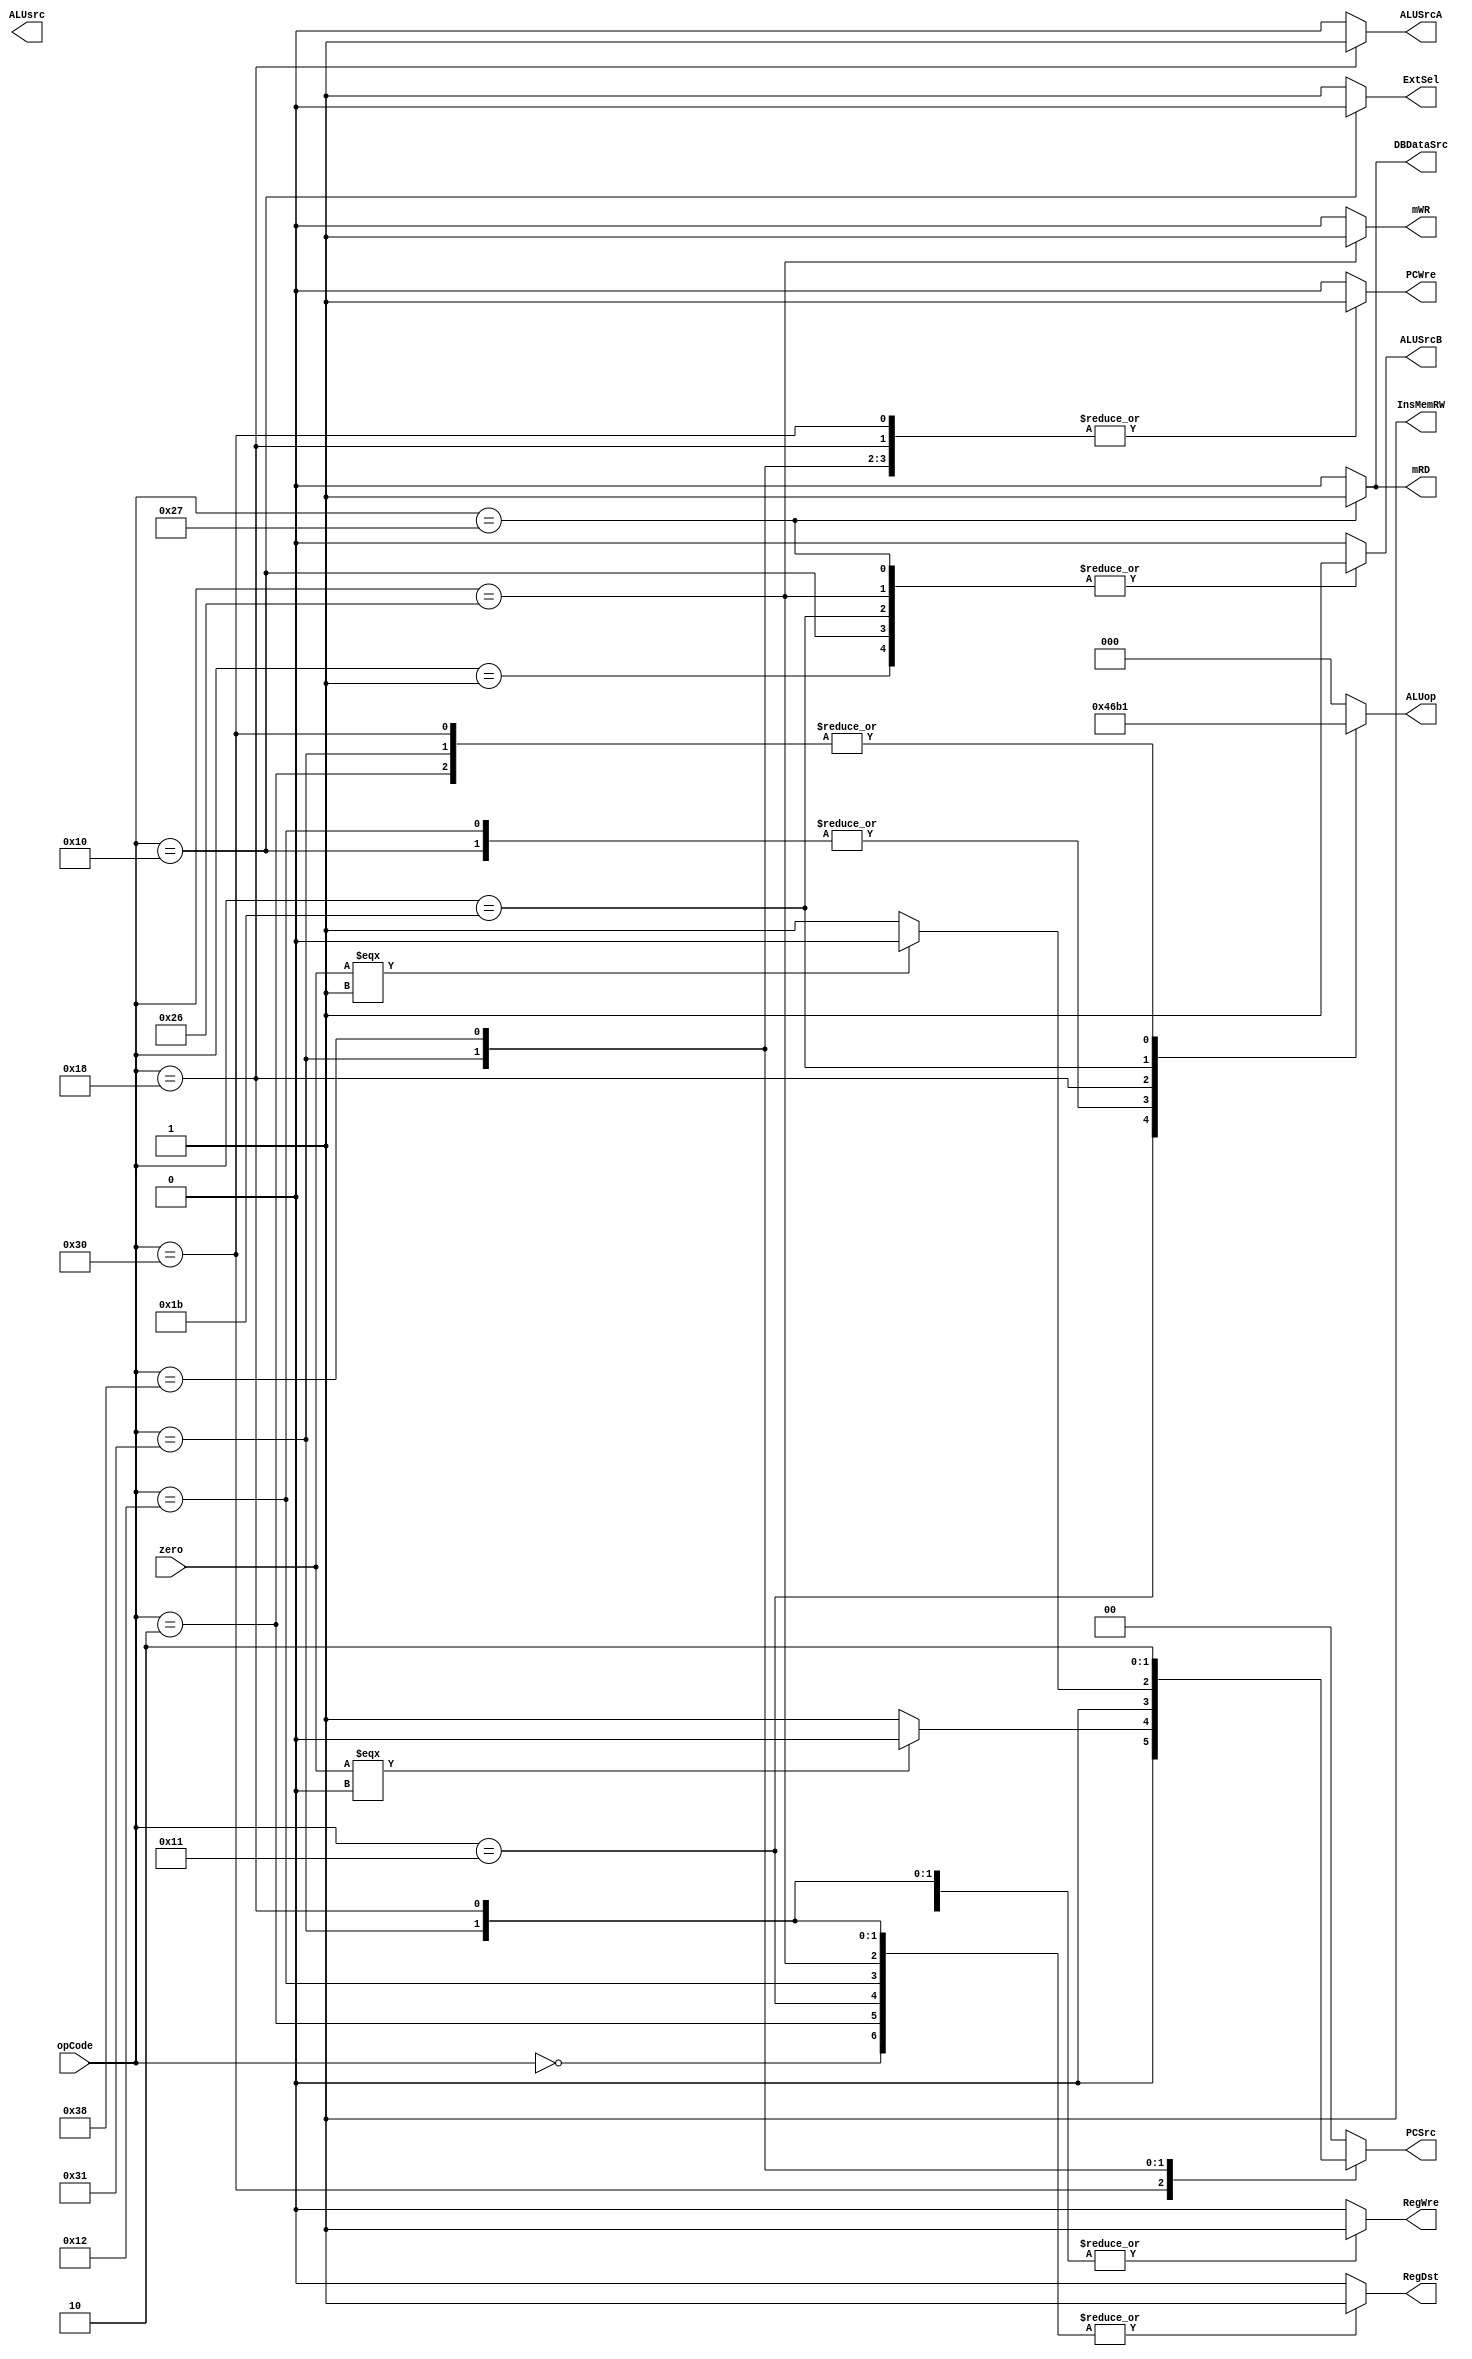
`timescale 1ns / 1ps
//////////////////////////////////////////////////////////////////////////////////
// Company: 
// Engineer: 
// 
// Design Name: 
// Module Name: ControlUnit
// Project Name: 
// Target Devices: 
// Tool Versions: 
// Description: 
// 
// Dependencies: 
// 
// Revision:
// Revision 0.01 - File Created
// Additional Comments:
// 
//////////////////////////////////////////////////////////////////////////////////


module ControlUnit(
    input [5:0] opCode,
    input zero,
    output reg RegDst,
    output reg RegWre,
    output reg ALUsrc,
    output reg [2:0] ALUop,
    output reg [1:0] PCSrc,
    output reg ALUSrcA,
    output reg ALUSrcB,
    output reg mRD,
    output reg mWR,
    output reg DBDataSrc,
    output reg InsMemRW,
    output reg PCWre,
    output reg ExtSel
    );
        
    always@(opCode or zero) begin
        case (opCode)
            // add
            6'b000000:  begin
                            PCWre = 1;
                            ALUSrcA = 0;
                            ALUSrcB = 0;
                            DBDataSrc = 0;
                            RegWre = 1;
                            InsMemRW = 1;
                            mRD = 0;
                            mWR = 0;
                            RegDst = 1;
                            ExtSel = 1;
                            PCSrc = 2'b00;
                            ALUop = 3'b000;
                        end
            // addi
            6'b000001:  begin
                            PCWre = 1;
                            ALUSrcA = 0;
                            ALUSrcB = 1;
                            DBDataSrc = 0;
                            RegWre = 1;
                            InsMemRW = 1;
                            mRD = 0;
                            mWR = 0;
                            RegDst = 0;
                            ExtSel = 1;
                            PCSrc = 2'b00;
                            ALUop = 3'b000;
                        end
            // sub
            6'b000010:  begin
                            PCWre = 1;
                            ALUSrcA = 0;
                            ALUSrcB = 0;
                            DBDataSrc = 0;
                            RegWre = 1;
                            InsMemRW = 1;
                            mRD = 0;
                            mWR = 0;
                            RegDst = 1;
                            ExtSel = 1;
                            PCSrc = 2'b00;
                            ALUop = 3'b001;
                        end
            // ori
            6'b010000:  begin
                            PCWre = 1;
                            ALUSrcA = 0;
                            ALUSrcB = 1;
                            DBDataSrc = 0;
                            RegWre = 1;
                            InsMemRW = 1;
                            mRD = 0;
                            mWR = 0;
                            RegDst = 0;
                            ExtSel = 0;
                            PCSrc = 2'b00;
                            ALUop = 3'b011;
                        end
            // and
            6'b010001:  begin
                            PCWre = 1;
                            ALUSrcA = 0;
                            ALUSrcB = 0;
                            DBDataSrc = 0;
                            RegWre = 1;
                            InsMemRW = 1;
                            mRD = 0;
                            mWR = 0;
                            RegDst = 1;
                            ExtSel = 1;
                            PCSrc = 2'b00;
                            ALUop = 3'b100;
                        end
            // or
            6'b010010:  begin
                            PCWre = 1;
                            ALUSrcA = 0;
                            ALUSrcB = 0;
                            DBDataSrc = 0;
                            RegWre = 1;
                            InsMemRW = 1;
                            mRD = 0;
                            mWR = 0;
                            RegDst = 1;
                            ExtSel = 1;
                            PCSrc = 2'b00;
                            ALUop = 3'b011;
                        end
            // sll
            6'b011000:  begin
                            PCWre = 1;
                            ALUSrcA = 1;
                            ALUSrcB = 0;
                            DBDataSrc = 0;
                            RegWre = 1;
                            InsMemRW = 1;
                            mRD = 0;
                            mWR = 0;
                            RegDst = 1;
                            ExtSel = 1;
                            PCSrc = 2'b00;
                            ALUop = 3'b010;
                        end
            // slti
            6'b011011:  begin
                            PCWre = 1;
                            ALUSrcA = 0;
                            ALUSrcB = 1;
                            DBDataSrc = 0;
                            RegWre = 1;
                            InsMemRW = 1;
                            mRD = 0;
                            mWR = 0;
                            RegDst = 0;
                            ExtSel = 1;
                            PCSrc = 2'b00;
                            ALUop = 3'b110;
                        end
            // sw
            6'b100110:  begin
                            PCWre = 1;
                            ALUSrcA = 0;
                            ALUSrcB = 1;
                            DBDataSrc = 0;
                            RegWre = 0;
                            InsMemRW = 1;
                            mRD = 0;
                            mWR = 1;
                            RegDst = 1;
                            ExtSel = 1;
                            PCSrc = 2'b00;
                            ALUop = 3'b000;
                        end
            // lw
            6'b100111:  begin
                            PCWre = 1;
                            ALUSrcA = 0;
                            ALUSrcB = 1;
                            DBDataSrc = 1;
                            RegWre = 1;
                            InsMemRW = 1;
                            mRD = 1;
                            mWR = 0;
                            RegDst = 0;
                            ExtSel = 1;
                            PCSrc = 2'b00;
                            ALUop = 3'b000;
                        end
            // beq
            6'b110000:  begin
                            PCWre = 1;
                            ALUSrcA = 0;
                            ALUSrcB = 0;
                            DBDataSrc = 0;
                            RegWre = 0;
                            InsMemRW = 1;
                            mRD = 0;
                            mWR = 0;
                            RegDst = 0;
                            ExtSel = 1;                            
                            PCSrc = (zero === 0 ? 2'b00 : 2'b01);
                            ALUop = 3'b001;
                        end
            // bne
            6'b110001:  begin
                            PCWre = 1;
                            ALUSrcA = 0;
                            ALUSrcB = 0;
                            DBDataSrc = 0;
                            RegWre = 1;
                            InsMemRW = 1;
                            mRD = 0;
                            mWR = 0;
                            RegDst = 1;
                            ExtSel = 1;
                            PCSrc = (zero === 1 ? 2'b00 : 2'b01);
                            ALUop = 3'b001;
                        end
            // j
            6'b111000:  begin
                            PCWre = 1;
                            ALUSrcA = 0;
                            ALUSrcB = 0;
                            DBDataSrc = 0;
                            RegWre = 0;
                            InsMemRW = 1;
                            mRD = 0;
                            mWR = 0;
                            RegDst = 0;
                            ExtSel = 1;
                            PCSrc = 2'b10;
                            ALUop = 3'b000;
                        end
            // halt or others
            default:  begin
                            PCWre = 0;
                            ALUSrcA = 0;
                            ALUSrcB = 0;
                            DBDataSrc = 0;
                            RegWre = 0;
                            InsMemRW = 1;
                            mRD = 0;
                            mWR = 0;
                            RegDst = 0;
                            ExtSel = 1;
                            PCSrc = 2'b00;
                            ALUop = 3'b000;
                        end
        endcase
    end
    
endmodule